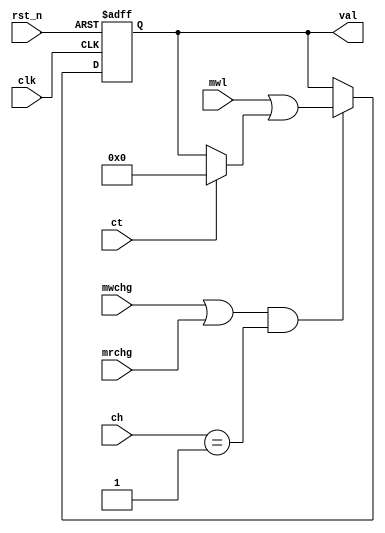
module channel(
    input wire clk,
    input wire rst_n,

    input wire ct,
    input wire mrchg,
    input wire mwchg,
    input wire [9:1] ch,
    input wire [WIDTH:1] mwl,
    output reg [WIDTH:1] val
);

parameter CHAN = 1;
parameter WIDTH = 15;

always @(posedge clk or negedge rst_n) begin
    if (~rst_n) begin
        val <= {WIDTH{1'b0}};
    end else if ((mwchg | mrchg) & (ch == CHAN)) begin
        val <= mwl | (ct ? {WIDTH{1'b0}} : val);
    end
end


endmodule